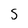
Character: s